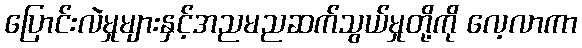
ပြောင်းလဲမှုများနှင့်အညမညဆက်သွယ်မှုတို့ကို လေ့လာကာ